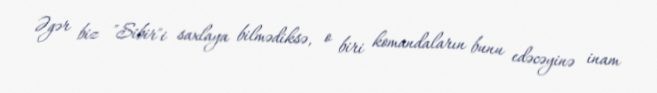
Əgər biz "Sibir"i saxlaya bilmədiksə, o biri komandaların bunu edəcəyinə inam